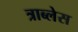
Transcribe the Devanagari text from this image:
त्राब्लेस